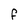
Character: F